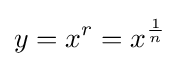
y=x^{r}=x^{\frac {1}{n}}